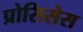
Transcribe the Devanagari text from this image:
प्रोसिसेस